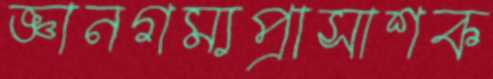
জ্ঞানগম্যপ্রাসাশক